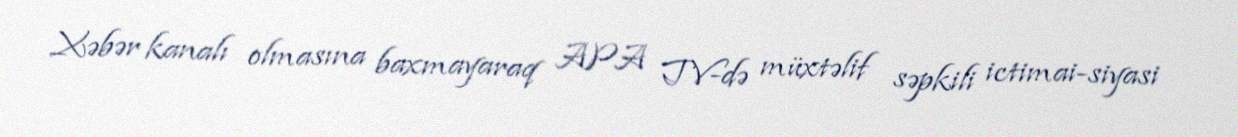
Xəbər kanalı olmasına baxmayaraq APA TV-də müxtəlif səpkili ictimai-siyasi